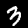
Label: 3